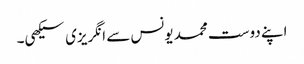
اپنے دوست محمد یونس سے انگریزی سیکھی۔